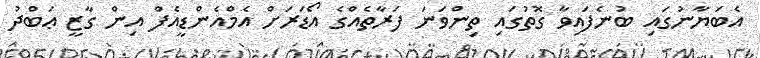
އެބަޔާނުގައި ބުނެފައިވާ ގޮތުގައި ތިންވަނަ ފަރާތެއްގެ އޯޑަރަށް އެމްއެންޑީއެފް އިން ގާޒީ ޢަބްދު